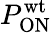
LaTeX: P_{\mathrm{ON}}^{\mathrm{wt}}